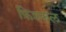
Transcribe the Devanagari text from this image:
फ़िश्कल